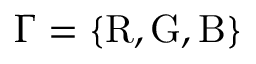
\Gamma = \{ \mathrm { R , G , B } \}